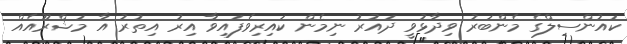
ކައުންސިލްގެ މެންބަރު ވިދާޅުވީ ދައުރު ނިމެން ކައިރިވެފައިވާ އިރު އިތުރު އާ މަޝްރޫއެއް